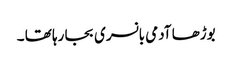
بوڑھا آدمی بانسری بجا رہا تھا ۔